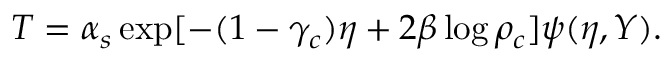
T = \alpha _ { s } \exp [ - ( 1 - \gamma _ { c } ) \eta + 2 \beta \log \rho _ { c } ] \psi ( \eta , Y ) .